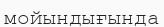
мойындығында